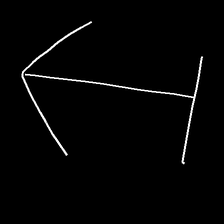
Glyph: levitation